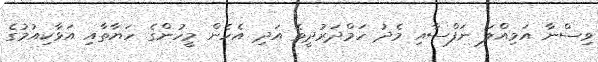
ވިސްނާ އަމިއްލަ ނަފްސާއި މެދު ހަމްދަރުދީވެ އަދި އެހެން މީހުންގެ ހަޔާތާއި އަޅާކިއުމުގެ